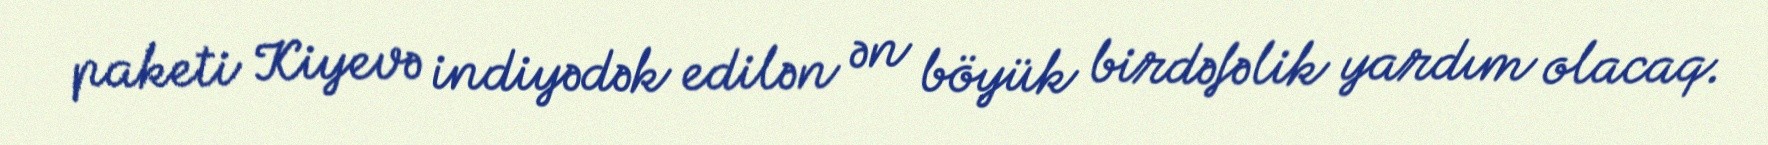
paketi Kiyevə indiyədək edilən ən böyük birdəfəlik yardım olacaq.